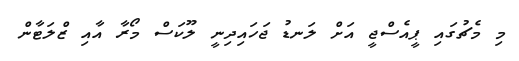
މި މެޗުގައި ޕީއެސްޖީ އަށް ލަނޑު ޖަހައިދިނީ ލޫކަސް މޯރާ އާއި ޒްލަޓާން